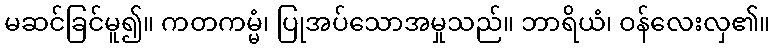
မဆင်ခြင်မူ၍။ ကတကမ္မံ၊ ပြုအပ်သောအမှုသည်။ ဘာရိယံ၊ ဝန်လေးလှ၏။